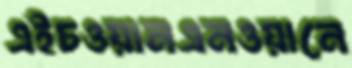
এইচওয়ানএনওয়ানে